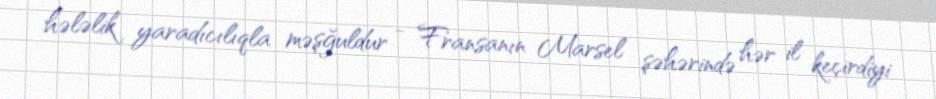
hələlik yaradıcılıqla məşğuldur - Fransanın Marsel şəhərində hər il keçirdiyi